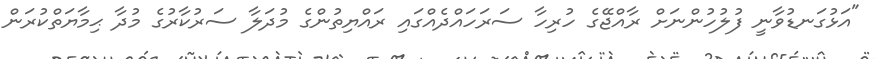
"އަޅުގަނޑުވާނީ ފުލުހުންނަށް ރާއްޖޭގެ ހުރިހާ ސަރަހައްދެއްގައި ރައްޔިތުންގެ މުދަލާ ސަރުކާރުގެ މުދާ ޙިމާޔަތްކުރަން